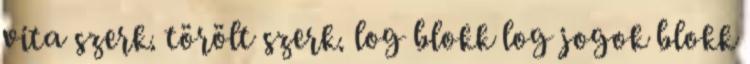
vita szerk. törölt szerk. log blokk log jogok blokk